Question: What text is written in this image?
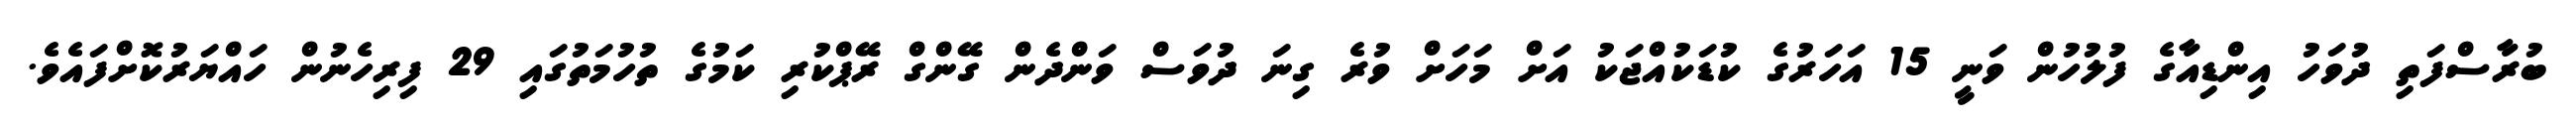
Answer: ބުރާސްފަތި ދުވަހު އިންޑިއާގެ ފުލުހުން ވަނީ 15 އަހަރުގެ ކުޑަކުއްޖަކު އަށް މަހަށް ވުރެ ގިނަ ދުވަސް ވަންދެން ގޭންގް ރޭޕްކުރި ކަމުގެ ތުހުމަތުގައި 29 ފިރިހެނުން ހައްޔަރުކޮށްފައެވެ.